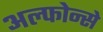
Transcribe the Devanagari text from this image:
अल्फोन्से